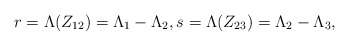
\begin{align*}r=\Lambda(Z_{12})=\Lambda_1-\Lambda_2,s=\Lambda(Z_{23})=\Lambda_2-\Lambda_3,\end{align*}